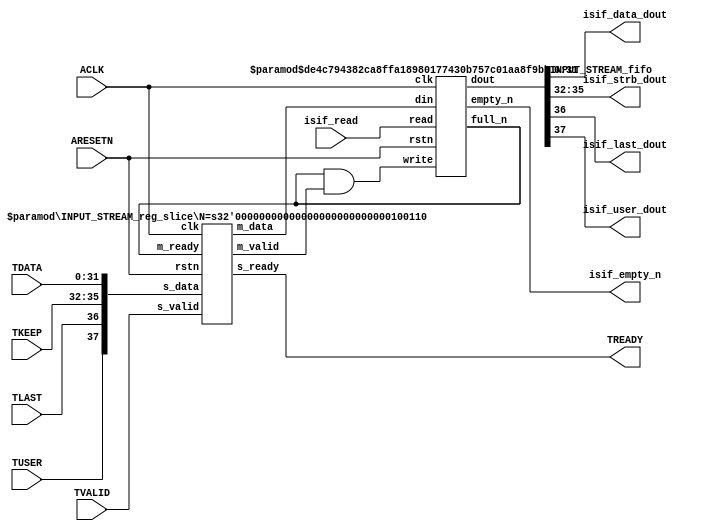
// ============================================================================
// Designer : Cheng Chunwen
// Create   : 2014.05.03
// Ver      : 1.0
// Func     : Sobel Filter AXI STREAM Interafce
//
// History  :
//   2016.03.30 v1.1 by cwcheng
// ============================================================================

`timescale 1ns/1ps

module INPUT_STREAM_if
#(
    parameter TBITS = 32 ,
    parameter TBYTE = 4
)(
    // AXI4-Stream singals
    input  wire             ACLK,
    input  wire             ARESETN,
    input  wire             TVALID,
    output wire             TREADY,
    input  wire [TBITS-1:0] TDATA,
    input  wire [TBYTE-1:0] TKEEP,
    input  wire [1-1:0]     TLAST,
    input  wire [1-1:0]     TUSER,

    // User signals
    output wire [TBITS-1:0] isif_data_dout,
    output wire [TBYTE-1:0] isif_strb_dout,
    output wire [1-1:0]     isif_last_dout,
    output wire [1-1:0]     isif_user_dout,
    output wire             isif_empty_n,
    input  wire             isif_read
);


//------------------------Local signal-------------------
// FIFO
wire             fifo_write;
wire             fifo_full_n;
wire [TBITS+TBYTE+2-1:0] isif_din;
wire [TBITS+TBYTE+2-1:0] isif_dout;
// register slice
wire          s_valid;
wire          s_ready;
wire [TBITS+TBYTE+2-1:0] s_data;  //32+4+1+1
wire          m_valid;
wire          m_ready;
wire [TBITS+TBYTE+2-1:0] m_data;

//------------------------Instantiation------------------
// rs
INPUT_STREAM_reg_slice #(
    .N       ( TBITS+TBYTE+2 )
) rs (
    .clk     ( ACLK ),
    .rstn    ( ARESETN ),
    .s_data  ( s_data ),
    .s_valid ( s_valid ),
    .s_ready ( s_ready ),
    .m_data  ( m_data ),
    .m_valid ( m_valid ),
    .m_ready ( m_ready )
);

// isif_fifo
INPUT_STREAM_fifo #(
    .DATA_BITS  ( TBITS+TBYTE+2 ),
    .DEPTH_BITS ( 4 )
) isif_fifo (
    .clk        ( ACLK ),
    .rstn       ( ARESETN ),
    .empty_n    ( isif_empty_n ),
    .full_n     ( fifo_full_n ),
    .read       ( isif_read ),
    .write      ( fifo_write ),
    .dout       ( isif_dout ),
    .din        ( isif_din )
);

//------------------------Body---------------------------
//++++++++++++++++++++++++AXI4-Stream++++++++++++++++++++
assign TREADY = s_ready;

//+++++++++++++++++++++++++++++++++++++++++++++++++++++++

//++++++++++++++++++++++++Reigister Slice++++++++++++++++
assign s_valid = TVALID;
assign m_ready = fifo_full_n;
assign s_data  = {TUSER, TLAST, TKEEP, TDATA};

//+++++++++++++++++++++++++++++++++++++++++++++++++++++++

//++++++++++++++++++++++++FIFO+++++++++++++++++++++++++++
assign fifo_write     = fifo_full_n & m_valid;
assign isif_din       = m_data;
assign isif_data_dout = isif_dout[TBITS-1:0];
assign isif_strb_dout = isif_dout[TBITS+TBYTE-1:TBITS];
assign isif_last_dout = isif_dout[TBITS+TBYTE:TBITS+TBYTE];
assign isif_user_dout = isif_dout[TBITS+TBYTE+1:TBITS+TBYTE+1];

//+++++++++++++++++++++++++++++++++++++++++++++++++++++++

endmodule  // INPUT_STREAM_if


`timescale 1ns/1ps

module INPUT_STREAM_fifo
#(parameter
    DATA_BITS  = 8,
    DEPTH_BITS = 4
)(
    input  wire                 clk,
    input  wire                 rstn,
    output wire                 empty_n,
    output wire                 full_n,
    input  wire                 read,
    input  wire                 write,
    output wire [DATA_BITS-1:0] dout,
    input  wire [DATA_BITS-1:0] din
);
//------------------------Parameter----------------------
localparam
    DEPTH = 1 << DEPTH_BITS;
//------------------------Local signal-------------------
reg                   empty;
reg                   full;
reg  [DEPTH_BITS-1:0] index;
reg  [DATA_BITS-1:0]  mem[0:DEPTH-1];
//------------------------Body---------------------------
assign empty_n = ~empty;
assign full_n  = ~full;
assign dout    = mem[index];

// empty
always @(posedge clk or negedge rstn) begin
    if (~rstn)
        empty <= 1'b1;
    else if (empty & write) //FIXED BUG! FWS
        empty <= 1'b0;
    else if (~empty & ~write & read & (index==1'b0))
        empty <= 1'b1;
end

// full
always @(posedge clk or negedge rstn) begin
    if (~rstn)
        full <= 1'b0;
    else if (full & read & ~write)
        full <= 1'b0;
    else if (~full & ~read & write & (index==DEPTH-2'd2))
        full <= 1'b1;
end

// index
always @(posedge clk or negedge rstn) begin
    if (~rstn)
        index <= {DEPTH_BITS{1'b1}};
    else if (~empty & ~write & read)
        index <= index - 1'b1;
    else if (~full & ~read & write)
        index <= index + 1'b1;
    else if (empty & write) //FIXED BUG! FWS
        index <= index + 1'b1;
end

// mem
always @(posedge clk) begin
    if (~full & write) mem[0] <= din;
end

genvar i;
generate
    for (i = 1; i < DEPTH; i = i + 1) begin : gen_sr
        always @(posedge clk) begin
            if (~full & write) mem[i] <= mem[i-1];
        end
    end
endgenerate

endmodule  // INPUT_STREAM_fifo



`timescale 1ns/1ps

module INPUT_STREAM_reg_slice
#(parameter
    N = 8   // data width
) (
    // system signals
    input  wire         clk,
    input  wire         rstn,
    // slave side
    input  wire [N-1:0] s_data,
    input  wire         s_valid,
    output wire         s_ready,
    // master side
    output wire [N-1:0] m_data,
    output wire         m_valid,
    input  wire         m_ready
);
//------------------------Parameter----------------------
// state
localparam [1:0]
    ZERO = 2'b10,
    ONE  = 2'b11,
    TWO  = 2'b01;
//------------------------Local signal-------------------
reg  [N-1:0] data_p1;
reg  [N-1:0] data_p2;
wire         load_p1;
wire         load_p2;
wire         load_p1_from_p2;
reg          s_ready_t;
reg  [1:0]   state;
reg  [1:0]   next;
//------------------------Body---------------------------
assign s_ready = s_ready_t;
assign m_data  = data_p1;
assign m_valid = state[0];

assign load_p1 = (state == ZERO && s_valid) ||
                 (state == ONE && s_valid && m_ready) ||
                 (state == TWO && m_ready);
assign load_p2 = s_valid & s_ready;
assign load_p1_from_p2 = (state == TWO);

// data_p1
always @(posedge clk) begin
    if (load_p1) begin
        if (load_p1_from_p2)
            data_p1 <= data_p2;
        else
            data_p1 <= s_data;
    end
end

// data_p2
always @(posedge clk) begin
    if (load_p2) data_p2 <= s_data;
end

// s_ready_t
always @(posedge clk) begin
    if (~rstn)
        s_ready_t <= 1'b0;
    else if (state == ZERO)
        s_ready_t <= 1'b1;
    else if (state == ONE && next == TWO)
        s_ready_t <= 1'b0;
    else if (state == TWO && next == ONE)
        s_ready_t <= 1'b1;
end

// state
always @(posedge clk) begin
    if (~rstn)
        state <= ZERO;
    else
        state <= next;
end

// next
always @(*) begin
    case (state)
        ZERO:
            if (s_valid & s_ready)
                next = ONE;
            else
                next = ZERO;
        ONE:
            if (~s_valid & m_ready)
                next = ZERO;
            else if (s_valid & ~m_ready)
                next = TWO;
            else
                next = ONE;
        TWO:
            if (m_ready)
                next = ONE;
            else
                next = TWO;
        default:
            next = ZERO;
    endcase
end

endmodule  // INPUT_STREAM_reg_slice